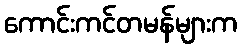
ကောင်းကင်တမန်များက